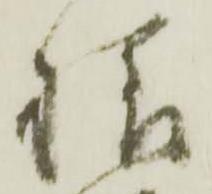
様